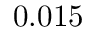
0 . 0 1 5